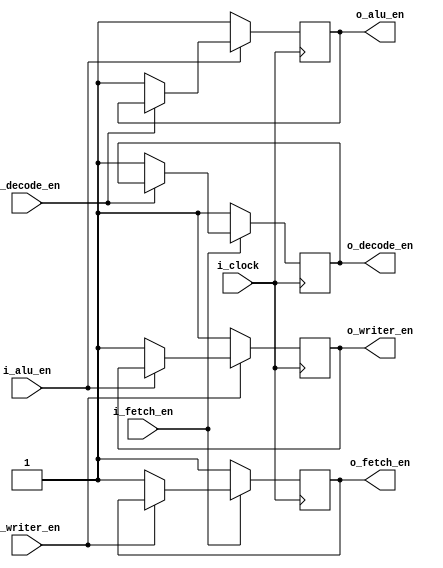
`timescale 1ns / 1ps
//////////////////////////////////////////////////////////////////////////////////
// Company: 
// Engineer: 
// 
// Design Name: 
// Module Name: control_unit
// Project Name: 
// Target Devices: 
// Tool Versions: 
// Description: 
// 
// Dependencies: 
// 
// Revision:
// Revision 0.01 - File Created
// Additional Comments:
// 
//////////////////////////////////////////////////////////////////////////////////


module control_unit(
    input wire i_clock,
    input wire i_decode_en,
    input wire i_alu_en,
    input wire i_writer_en,
    input wire i_fetch_en,
    output reg o_decode_en,
    output reg o_alu_en,
    output reg o_writer_en,
    output reg o_fetch_en
    );

// decode -> alu -> write -> fetch next inst

always @(posedge i_clock)
begin
    if (!i_decode_en)
    begin
        o_decode_en <= 1;
        o_alu_en <= 1;
    end
    if (!i_alu_en)
    begin
        o_alu_en <= 1;
        o_writer_en <= 1;
    end
    if (!i_writer_en)
    begin
        o_writer_en <= 1;
        o_fetch_en <= 1;
    end
    if (!i_fetch_en)
    begin
        o_fetch_en <= 1;
        o_decode_en <= 1;
    end
    
end
endmodule